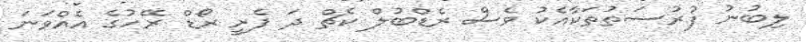
ލިބުނު ފުރުސަތުތަކާއެކު ވެސް ރެޑްބުލް ކެޗް ދަ ފެރީ ރޯޑް ރޭހުގެ އެއްވަނަ